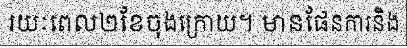
រយៈពេល២ខែចុងក្រោយ។ មានផែនការនិង